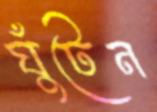
ঘুঁটেন